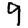
Digit: 9